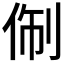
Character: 𬾑